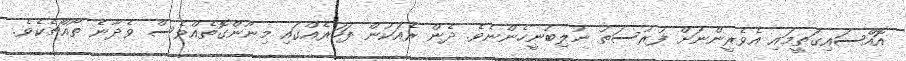
އޮއްސައިގަތީމައި އެވެރީންނަށް ފުރުސަތު ނުލިބުނީހެންނެވެ. ދެން ރެއަކުން ފަހަރެއްގައި މިނޫންގޮތެއްވެސް ވެދާނެ ތޯއްޗެކެވެ.